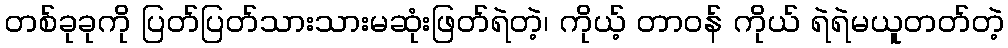
တစ်ခုခုကို ပြတ်ပြတ်သားသားမဆုံးဖြတ်ရဲတဲ့၊ ကိုယ့် တာဝန် ကိုယ် ရဲရဲမယူတတ်တဲ့